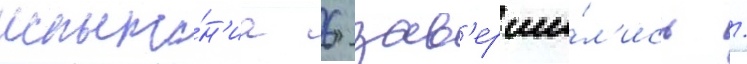
испыта́н'иа 6 зав'ерши́л'ись /